Document type: Sale
Year: 1275
Scribe: Salvador de Baiona
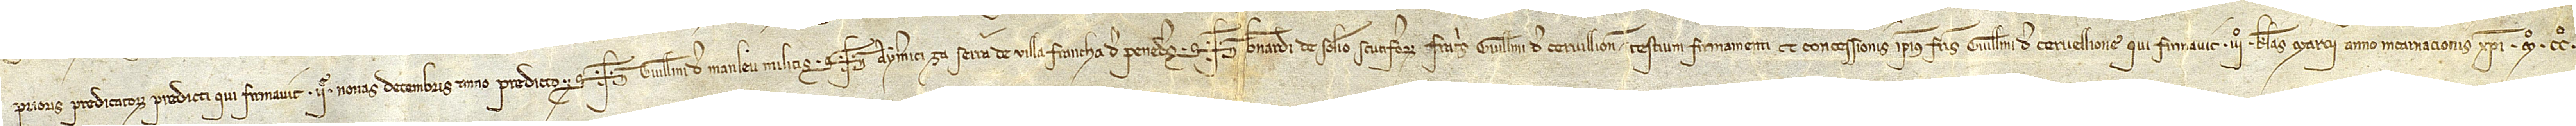
prioris predicatorum, predicti, qui firmavit IIe nonas decembris, anno predicto. Sig+num Guillelmi de Manleu, militis, Sig+num Aymerici za Serra, de Villa Francha de Penedes, Sig+num Bernardi de Solerio, scutiferorum fratris Guillemi de Cervillione, testium firmamenti et concessionis ipsius fratris Guillelmi de Cervellione, qui firmavit IIIº kalendas marcii, anno Incarnacionis Christi Mº CCº